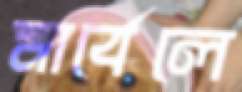
মার্বেলে